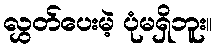
လွှတ်ပေးမဲ့ ပုံမရှိဘူး။